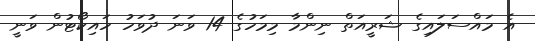
އެ މައްސަލައިގެ ޝަރީއަތް ނިންމާ މިމަހުގެ 14 ވަނަ ދުވަހު ހައިކޯޓުން ވަނީ